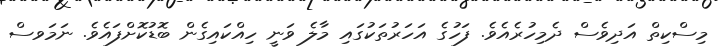
މިސްކިތް އަދިވެސް ދެމިހުރެއެވެ. ފަހުގެ އަހަރުތަކުގައި މާލެ ވަނީ ހިއްކައިގެން ބޮޑުކޮށްފައެވެ. ނަމަވސް